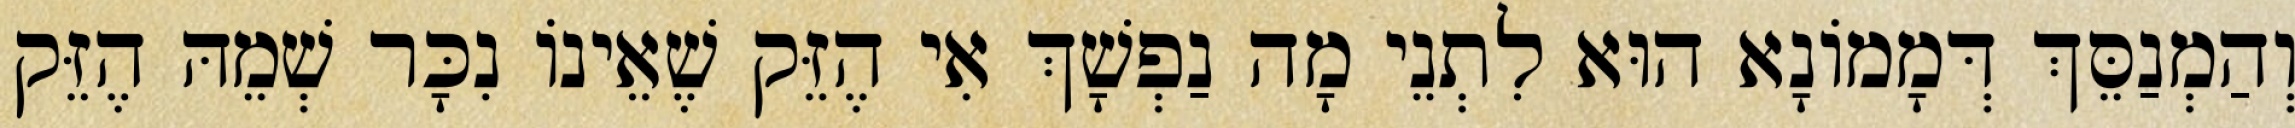
וְהַמְנַסֵּךְ דְּמָמוֹנָא הוּא לִתְנֵי מָה נַפְשָׁךְ אִי הֶזֵּק שֶׁאֵינוֹ נִכָּר שְׁמֵהּ הֶזֵּק